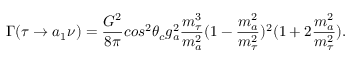
\Gamma ( \tau \rightarrow a _ { 1 } \nu ) = \frac { G ^ { 2 } } { 8 \pi } c o s ^ { 2 } \theta _ { c } g _ { a } ^ { 2 } \frac { m _ { \tau } ^ { 3 } } { m _ { a } ^ { 2 } } ( 1 - \frac { m _ { a } ^ { 2 } } { m _ { \tau } ^ { 2 } } ) ^ { 2 } ( 1 + 2 \frac { m _ { a } ^ { 2 } } { m _ { \tau } ^ { 2 } } ) .